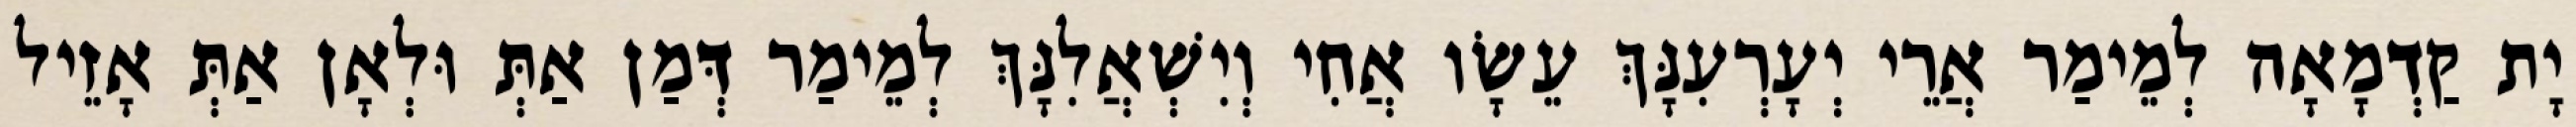
יָת קַדְמָאָה לְמֵימַר אֲרֵי יְעָרְעִנָּךְ עֵשָׂו אֲחִי וְיִשְׁאֲלִנָּךְ לְמֵימַר דְּמַן אַתְּ וּלְאָן אַתְּ אָזֵיל